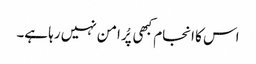
اس کا انجام کبھی پُر امن نہیں رہا ہے۔